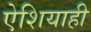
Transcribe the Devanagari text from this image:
ऐशियाही